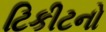
ટિકીટનો